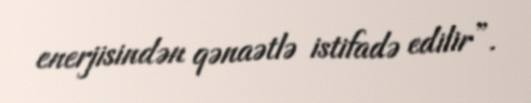
enerjisindən qənaətlə istifadə edilir”.